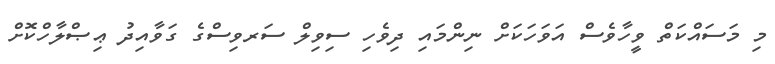
މި މަސައްކަތް ވީހާވެސް އަވަހަކަށް ނިންމައި ދިވެހި ސިވިލް ސަރވިސްގެ ގަވާއިދު ޢިޞްލާހްކޮށް